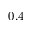
0 . 4